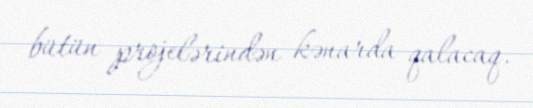
bütün projelərindən kənarda qalacaq.